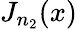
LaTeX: J_{n_{2}}(x)